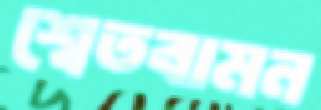
শ্বেতবামন